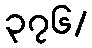
၃၇၆/